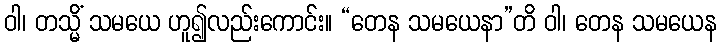
ဝါ၊ တသ္မိံ သမယေ ဟူ၍လည်းကောင်း။ “တေန သမယေနာ”တိ ဝါ၊ တေန သမယေန